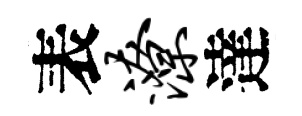
表潦達